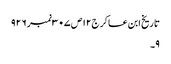
تاریخ ابن عساکر ج١٢ص ٣٠٧نمبر ٩٢٦
٩۔